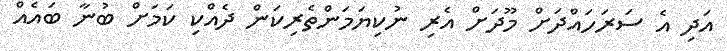
އަދި އެ ސަރަހައްދަށް މޫދަށް އެރި ނުކިޔަމަންތެރިކަން ދެއްކި ކަމަށް ބުނާ ބައެއް